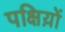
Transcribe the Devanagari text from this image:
पक्षिय़ों